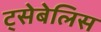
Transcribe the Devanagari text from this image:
ट्सेबेलिस